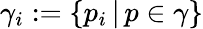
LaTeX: \gamma_{i}:=\{ p_{i}\, |\, p\in\gamma\}